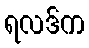
ရလဒ်က